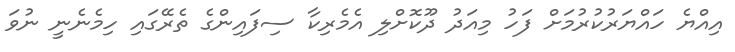
އިއްޔެ ހައްޔަރުކުރުމަށް ފަހު މިއަދު ދޫކޮށްލި އެމެރިކާ ސިފައިންގެ ތެރޭގައި ހިމެނެނީ ނުވަ